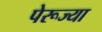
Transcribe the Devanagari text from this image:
पेरूज्या